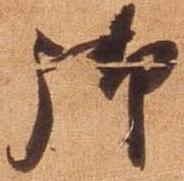
御